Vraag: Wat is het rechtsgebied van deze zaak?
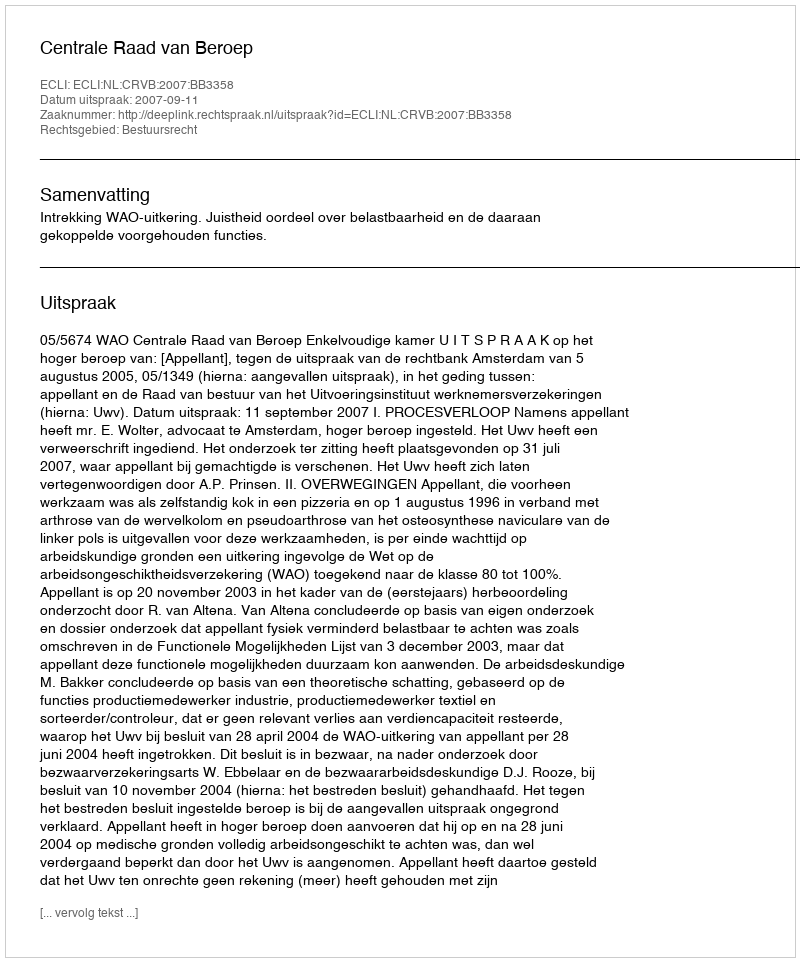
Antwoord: Bestuursrecht